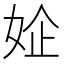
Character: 𰌃